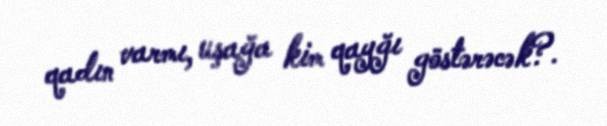
qadın varmı, uşağa kim qayğı göstərəcək?.